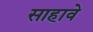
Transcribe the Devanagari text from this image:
साहावे